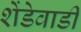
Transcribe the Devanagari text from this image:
शेंडेवाडी